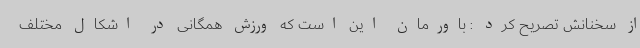
از سخنانش تصریح کرد : باورمان این است که ورزش همگانی در اشکال مختلف